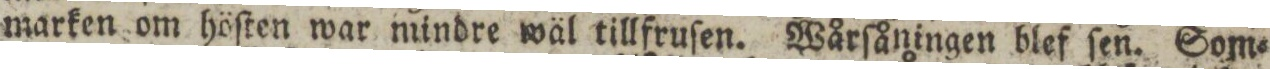
marken om höſten war mindre wäl tillfruſen. Wårſåningen blef ſen. Som=